Calcutta medical institutions reports 1892-1900
Year: 1892
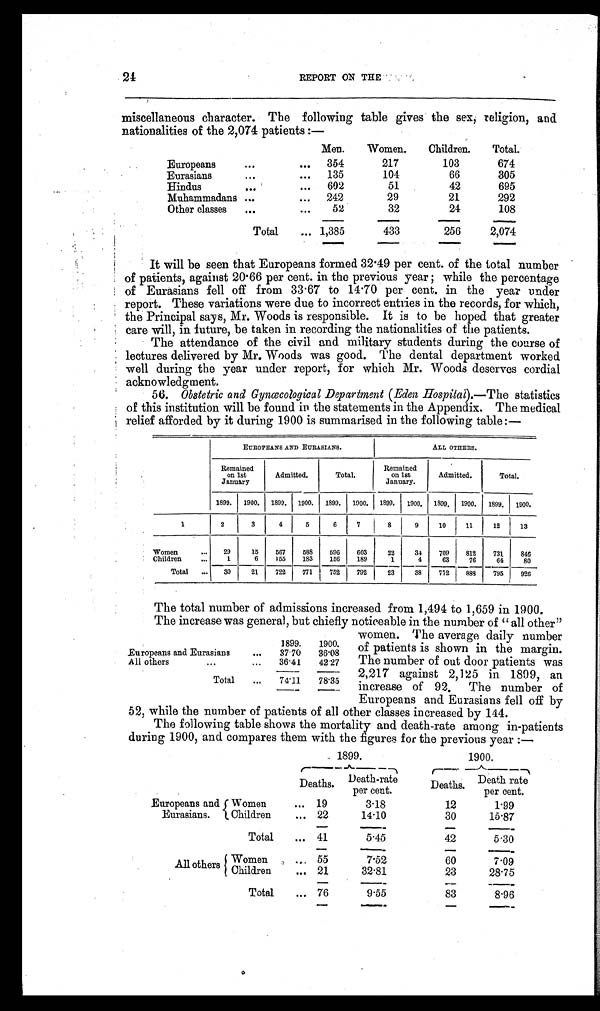
24
REPORT ON THE
miscellaneous character. The following table gives the sex, religion, and
nationalities of the 2,074 patients :—
Men.
Women.
Children.
Total.
Europeans
...
... 354
217
103
674
Eurasians
...
... 135
104
66
305
Hindus
...
...
602
51
42
695
Muhammadans ...
...
242
29
21
292
Other classes
...
...
52
32
24
108
Total
... 1,385
433
256
2,074
It will be seen that Europeans formed 32.49 per cent. of the total number
of patients, against 20.66 per cent. in the previous year; while the percentage
of Eurasians fell off from 33.67 to 14.70 per cent. in the year under
report. These variations were due to incorrect entries in the records, for which,
the Principal says, Mr. Woods is responsible. It is to be hoped that greater
care will, in future, be taken in recording the nationalities of the patients.
The attendance of the civil and military students during the course of
lectures delivered by Mr. Woods was good. The dental department worked
well during the year under report, for which Mr. Woods deserves cordial
acknowledgment.
56. Obstetric and Gynœcological Department (Eden Hospital).— The statistics
of this institution will be found in the statements in the Appendix. The medical
relief afforded by it during 1900 is summarised in the following table :—
EUROPEANS AND EURASIANS.
ALL OTHERS.
Remained
on 1st
January
Admitted.
Total.
Remained
on 1st
January.
Admitted.
Total.
1899.
1900.
1899.
1900.
1899.
1900.
1899.
1900.
1899.
1900.
1899.
1900.
1
2
3
4
5
6
7
8
9
10
11
12
13
Women
. . .
29
15
567
5 8 8
596
603
22
34
709
812
731
846
Children
...
1
6
155
183
156
189
1
4
63
76
64
80
Total
...
30
21
722
771
752
792
23
38
772
888
795
926
The total number of admissions increased from 1,494 to 1,659 in 1900.
The increase was general, but chiefly noticeable in the number of "all other"
1899.
1900.
Europeans and Eurasians
...
37.70
36.08
All others
...
...
36.41
42.27
Total
...
74.11
78.35
women. The average daily number
of patients is shown in the margin.
The number of out door patients was
2,217 against 2,125 in 1899, an
increase of 92. The number of
Europeans and Eurasians fell off by
52, while the number of patients of all other classes increased by 144.
The following table shows the mortality and death-rate among in-patients
during 1900, and compares them with the figures for the previous year :—
1899.
1900.
D e a t h s . Death-rate
per cent.
D e a t h s .
Death rate
per cent.
Europeans and
Eurasians.
Women ...
19
3.18
12
1.99
Children ...
22
14.10
30
15.87
Total ...
41
5.45
42
5.30
All others Women ...
55
7.52
60
7.09
Children ...
21
32.81
23
28.75
Total ...
76
9.55
83
8.96